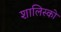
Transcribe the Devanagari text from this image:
शालिस्को